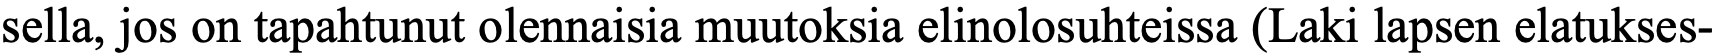
sella, jos on tapahtunut olennaisia muutoksia elinolosuhteissa (Laki lapsen elatukses-